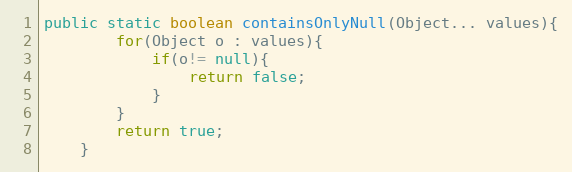
Language: Java
public static boolean containsOnlyNull(Object... values){
		for(Object o : values){
			if(o!= null){
				return false;
			}
		}
		return true;
	}